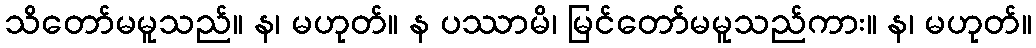
သိတော်မမူသည်။ န၊ မဟုတ်။ န ပဿာမိ၊ မြင်တော်မမူသည်ကား။ န၊ မဟုတ်။